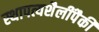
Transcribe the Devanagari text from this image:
स्थापत्यशैलींपैकी